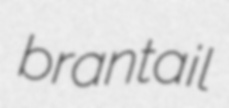
brantail